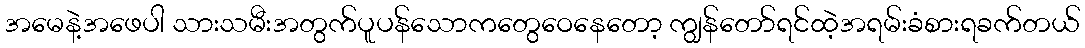
အမေနဲ့အဖေပါ သားသမီးအတွက်ပူပန်သောကတွေဝေနေတော့ ကျွန်တော်ရင်ထဲ့အရမ်းခံစားရခက်တယ်